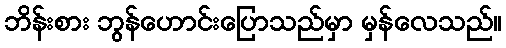
ဘိန်းစား ဘွန်ဟောင်းပြောသည်မှာ မှန်လေသည်။